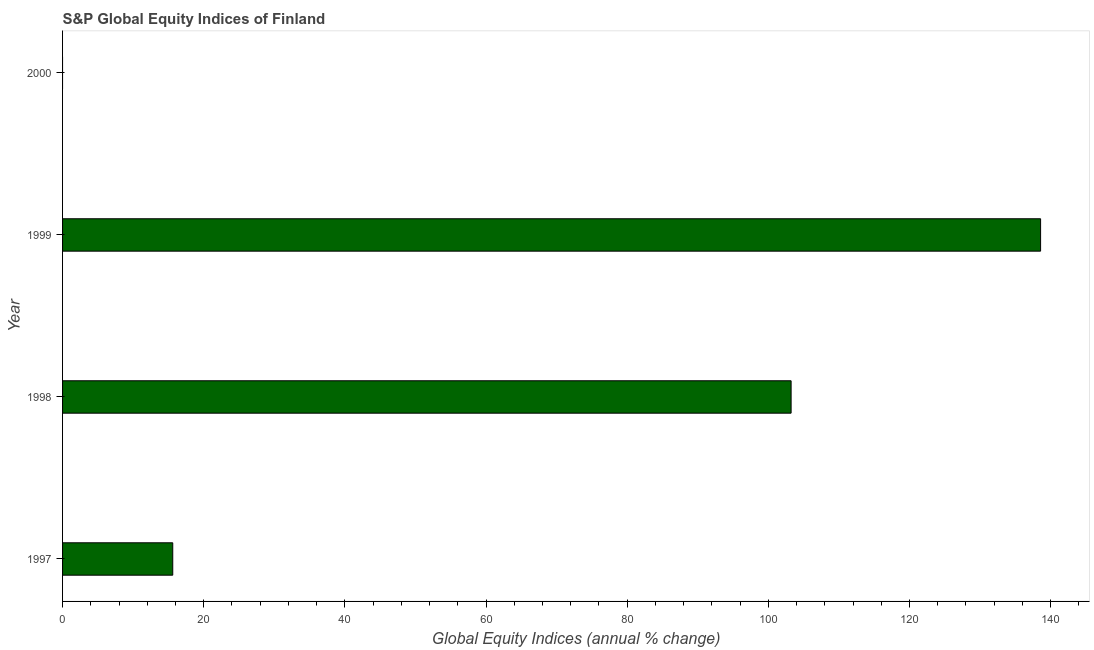
| Year | S&P Global Equity Indices |
 | --- | --- |
 | 1997 | 15.6 |
 | 1998 | 103 |
 | 1999 | 139 |
 | 2000 | -10.6 |